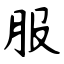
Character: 服